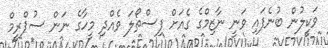
ވަކީލުން ބުނެފައި ވަނީ ނާޒިމްގެ ގެއަށް ފިސްތޯލަ ވެއްދި މީހާގެ ނަން ސުޕްރީމް